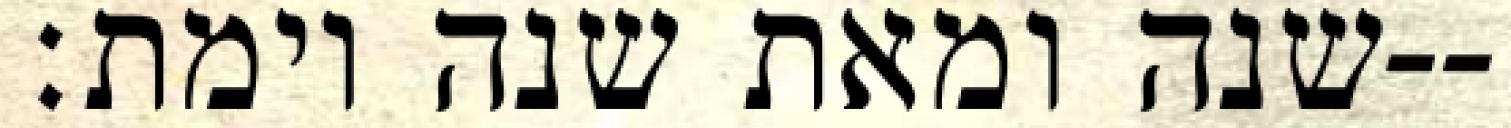
שנה ומאת שנה וימת׃--